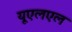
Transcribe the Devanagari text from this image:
यूएलएल